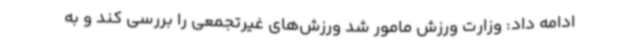
ادامه داد: وزارت ورزش مامور شد ورزش‌های غیرتجمعی را بررسی کند و به